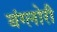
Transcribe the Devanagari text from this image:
बंग्लोरी